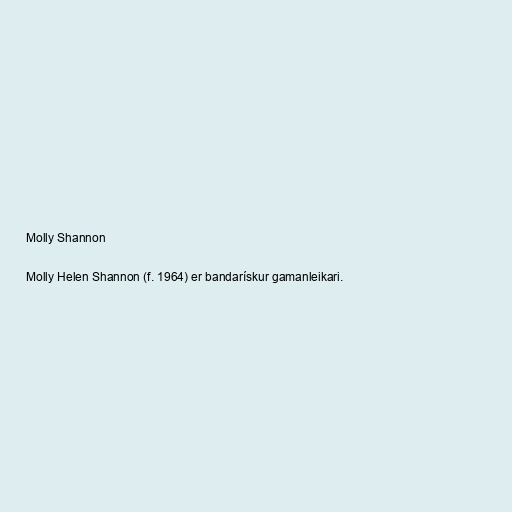
Molly Shannon

Molly Helen Shannon (f. 1964) er bandarískur gamanleikari.